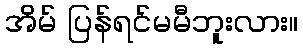
အိမ် ပြန်ရင်မမီဘူးလား။